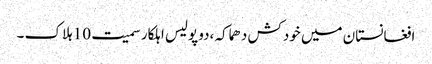
افغانستان میں خودکش دھماکہ ،دو پولیس اہلکار سمیت 10 ہلاک ۔